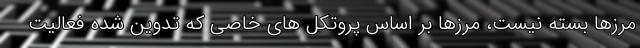
مرزها بسته نیست، مرزها بر اساس پروتکل های خاصی که تدوین شده فعالیت